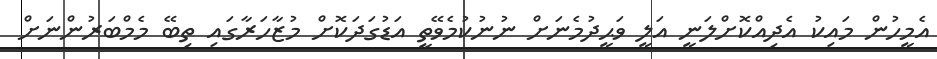
އެމީހުން މައިކު އެދިއްކޮށްލަނީ އަލީ ވަޙީދުމެނަށް ނުނުކުމެވޭތީ އަޑުގަދަކޮށް މުޒާހަރާގައި ތިބޭ މެމްބަރުންނަށް